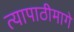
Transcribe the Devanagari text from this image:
त्यापाठीमागे